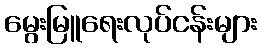
မွေးမြူရေးလုပ်ငန်းများ